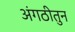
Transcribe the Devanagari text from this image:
अंगठीतुन